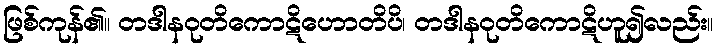
ဖြစ်ကုန်၏။ တဒါနဝုတိကောဋိဟောတိပိ၊ တဒါနဝုတိကောဋိဟူ၍လည်း။